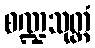
စဏ္ဍသုတ္တံ